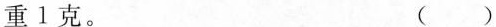
重1克。 ( )